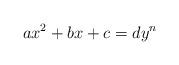
LaTeX: \begin{align*}ax^2+bx+c = dy^n\end{align*}